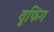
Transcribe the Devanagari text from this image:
वूफिंग